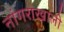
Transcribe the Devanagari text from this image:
नांगराखाली